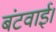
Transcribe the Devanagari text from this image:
बंटवाई।